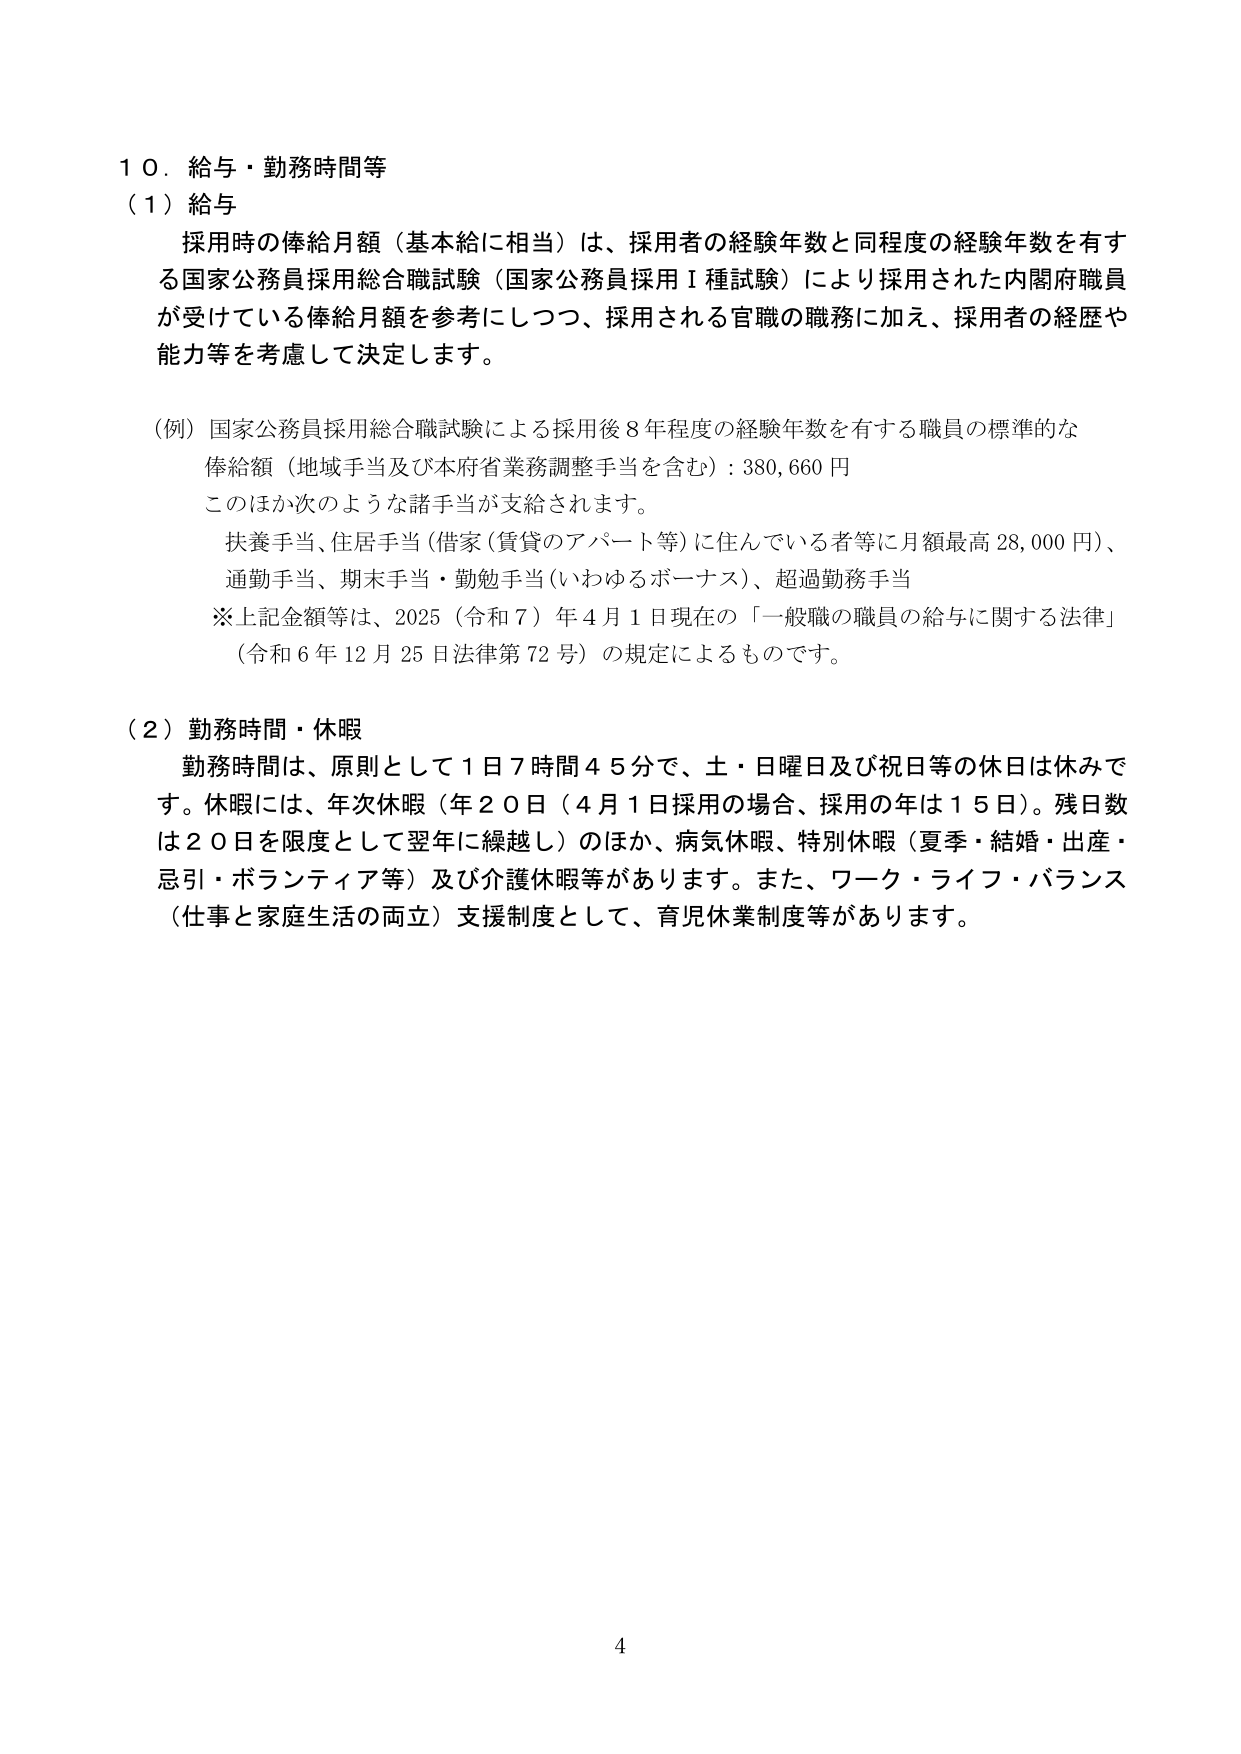
１０．給与・勤務時間等
（１）給与
　採用時の俸給月額（基本給に相当）は、採用者の経験年数と同程度の経験年数を有する国家公務員採用総合職試験（国家公務員採用Ⅰ種試験）により採用された内閣府職員が受けている俸給月額を参考にしつつ、採用される官職の職務に加え、採用者の経歴や能力等を考慮して決定します。

（例）国家公務員採用総合職試験による採用後８年程度の経験年数を有する職員の標準的な俸給額（地域手当及び本府省業務調整手当を含む）：380,660円
　このほか次のような諸手当が支給されます。
　扶養手当、住居手当（借家（賃貸のアパート等）に住んでいる者等に月額最高28,000円）、通勤手当、期末手当・勤勉手当（いわゆるボーナス）、超過勤務手当
　※上記金額等は、2025（令和７）年４月１日現在の「一般職の職員の給与に関する法律」（令和６年12月25日法律第72号）の規定によるものです。

（２）勤務時間・休暇
　勤務時間は、原則として１日７時間４５分で、土・日曜日及び祝日等の休日は休みです。休暇には、年次休暇（年20日（４月１日採用の場合、採用の年は15日）。残日数は20日を限度として翌年に繰越し）のほか、病気休暇、特別休暇（夏季・結婚・出産・忌引・ボランティア等）及び介護休暇等があります。また、ワーク・ライフ・バランス（仕事と家庭生活の両立）支援制度として、育児休業制度等があります。

4